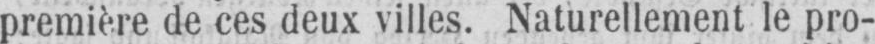
première de ces deux villes. Naturellement le pro-